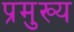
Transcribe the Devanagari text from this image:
प्रमुख्‍य